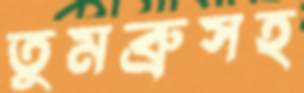
তুমব্রুসহ